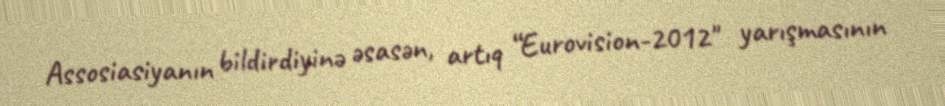
Assosiasiyanın bildirdiyinə əsasən, artıq “Eurovision-2012" yarışmasının